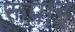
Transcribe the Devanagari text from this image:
रूपाइ